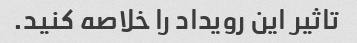
تاثیر این رویداد را خلاصه کنید.